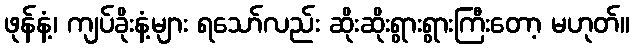
ဖုန်နံ့၊ ကျပ်ခိုးနံ့များ ရသော်လည်း ဆိုးဆိုးရွားရွားကြီးတော့ မဟုတ်။